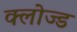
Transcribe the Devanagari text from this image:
क्‍लोज्‍ड